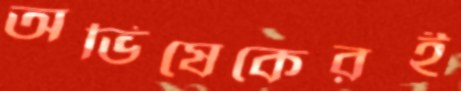
অভিষেকেরই